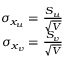
\begin{array} { r } { \sigma _ { x _ { u } } = \frac { S _ { u } } { \sqrt { V } } } \\ { \sigma _ { x _ { v } } = \frac { S _ { v } } { \sqrt { V } } } \end{array}